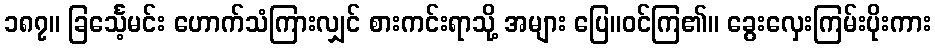
၁၈၇။ ခြင်္သေ့မင်း ဟောက်သံကြားလျှင် စားကင်းရာသို့ အများ ပြေ။ဝင်ကြ၏။ ခွေးလှေးကြမ်းပိုးကား